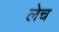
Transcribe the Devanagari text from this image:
लेच